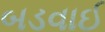
બડવાઈ